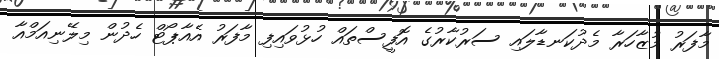
މާފަރު މުޒާހަރާ މެދުކަނޑާލައި ސަރުކާރުގެ އޮފީސްތައް ހުޅުވައިފި މާފަރު އެއާޕޯޓް ހެދުން މިލޭނިއަމްއާ